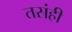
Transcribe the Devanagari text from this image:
तसंही